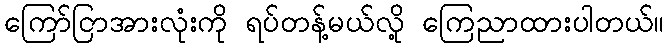
ကြော်ငြာအားလုံးကို ရပ်တန့်မယ်လို့ ကြေညာထားပါတယ်။